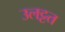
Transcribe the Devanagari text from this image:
उलट्टत